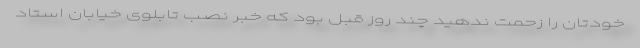
خودتان را زحمت ندهید چند روز قبل بود که خبر نصب تابلوی خیابان استاد